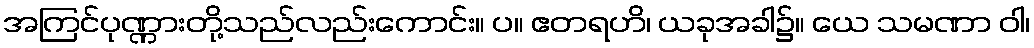
အကြင်ပုဏ္ဏားတို့သည်လည်းကောင်း။ ပ။ ဧတရဟိ၊ ယခုအခါ၌။ ယေ သမဏာ ဝါ၊